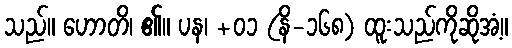
သည်။ ဟောတိ၊ ၏။ ပန၊ +၀၁ (နိ-၁၆၈) ထူးသည်ကိုဆိုအံ့။